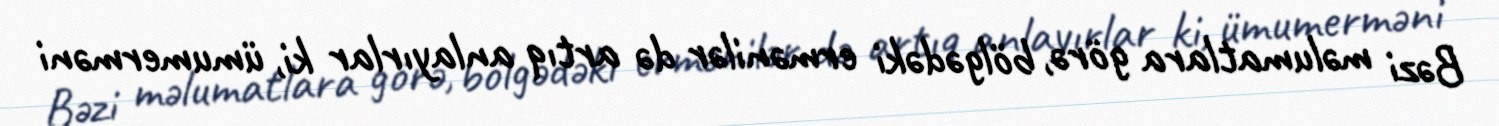
Bəzi məlumatlara görə, bölgədəki ermənilər də artıq anlayırlar ki, ümumerməni